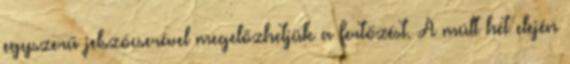
egyszerű jelszócserével megelőzhetjük a fertőzést. A múlt hét elején